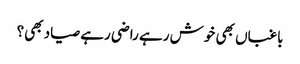
باغباں بھی خوش رہے راضی رہے صیاد بھی؟